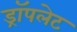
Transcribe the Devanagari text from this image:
ड्रॉपलेट